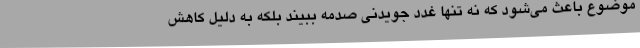
موضوع باعث می‌شود که نه تنها غدد جویدنی صدمه ببیند بلکه به دلیل کاهش